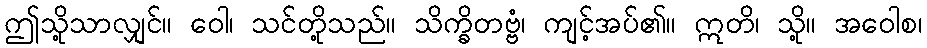
ဤသို့သာလျှင်။ ဝေါ၊ သင်တို့သည်။ သိက္ခိတဗ္ဗံ၊ ကျင့်အပ်၏။ ဣတိ၊ သို့။ အဝေါစ၊